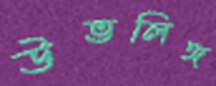
উভলিঙ্গ